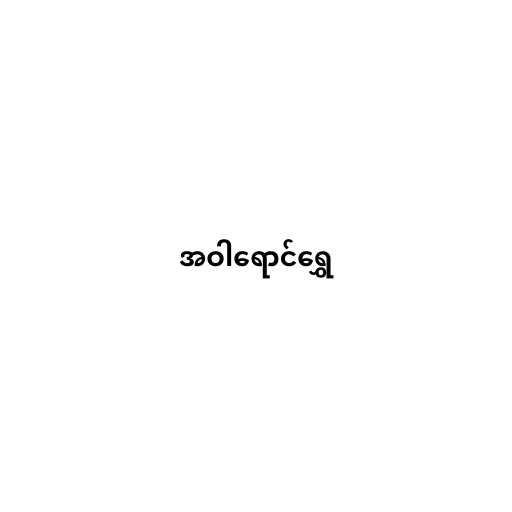
အဝါရောင်ရွှေ